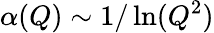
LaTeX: \alpha(Q)\sim 1/\ln(Q^{2})